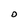
Character: 0